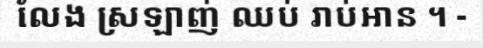
លែង ស្រឡាញ់ ឈប់ រាប់អាន ។ -